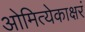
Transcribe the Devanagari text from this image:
ओमित्येकाक्षरं